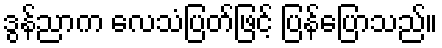
ဒွန်ညာက လေသံပြတ်ဖြင့် ပြန်ပြောသည်။